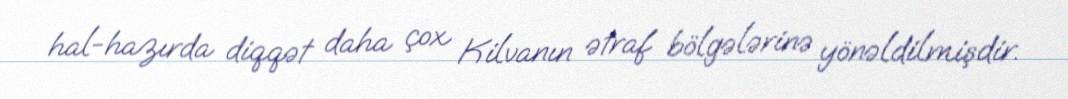
hal-hazırda diqqət daha çox Kilvanın ətraf bölgələrinə yönəldilmişdir.